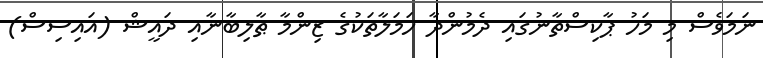
ނަމަވެސް މި މަހު ޕާކިސްތާނުގައި ދެމުންދާ ހަމަލާތަކުގެ ޒިންމާ ޠާލިބާނާއި ދައީޝް (އައިސިސް)